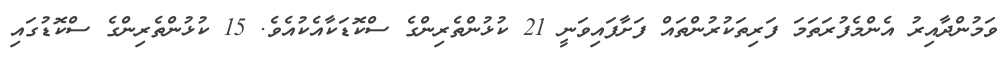
ވަމުންދާއިރު އެންމެފުރަތަމަ ފަރިތަކުރުންތައް ފަށާފައިވަނީ 21 ކުޅުންތެރިންގެ ސްކޮޑަކާއެކުއެވެ. 15 ކުޅުންތެރިންގެ ސްކޮޑުގައި